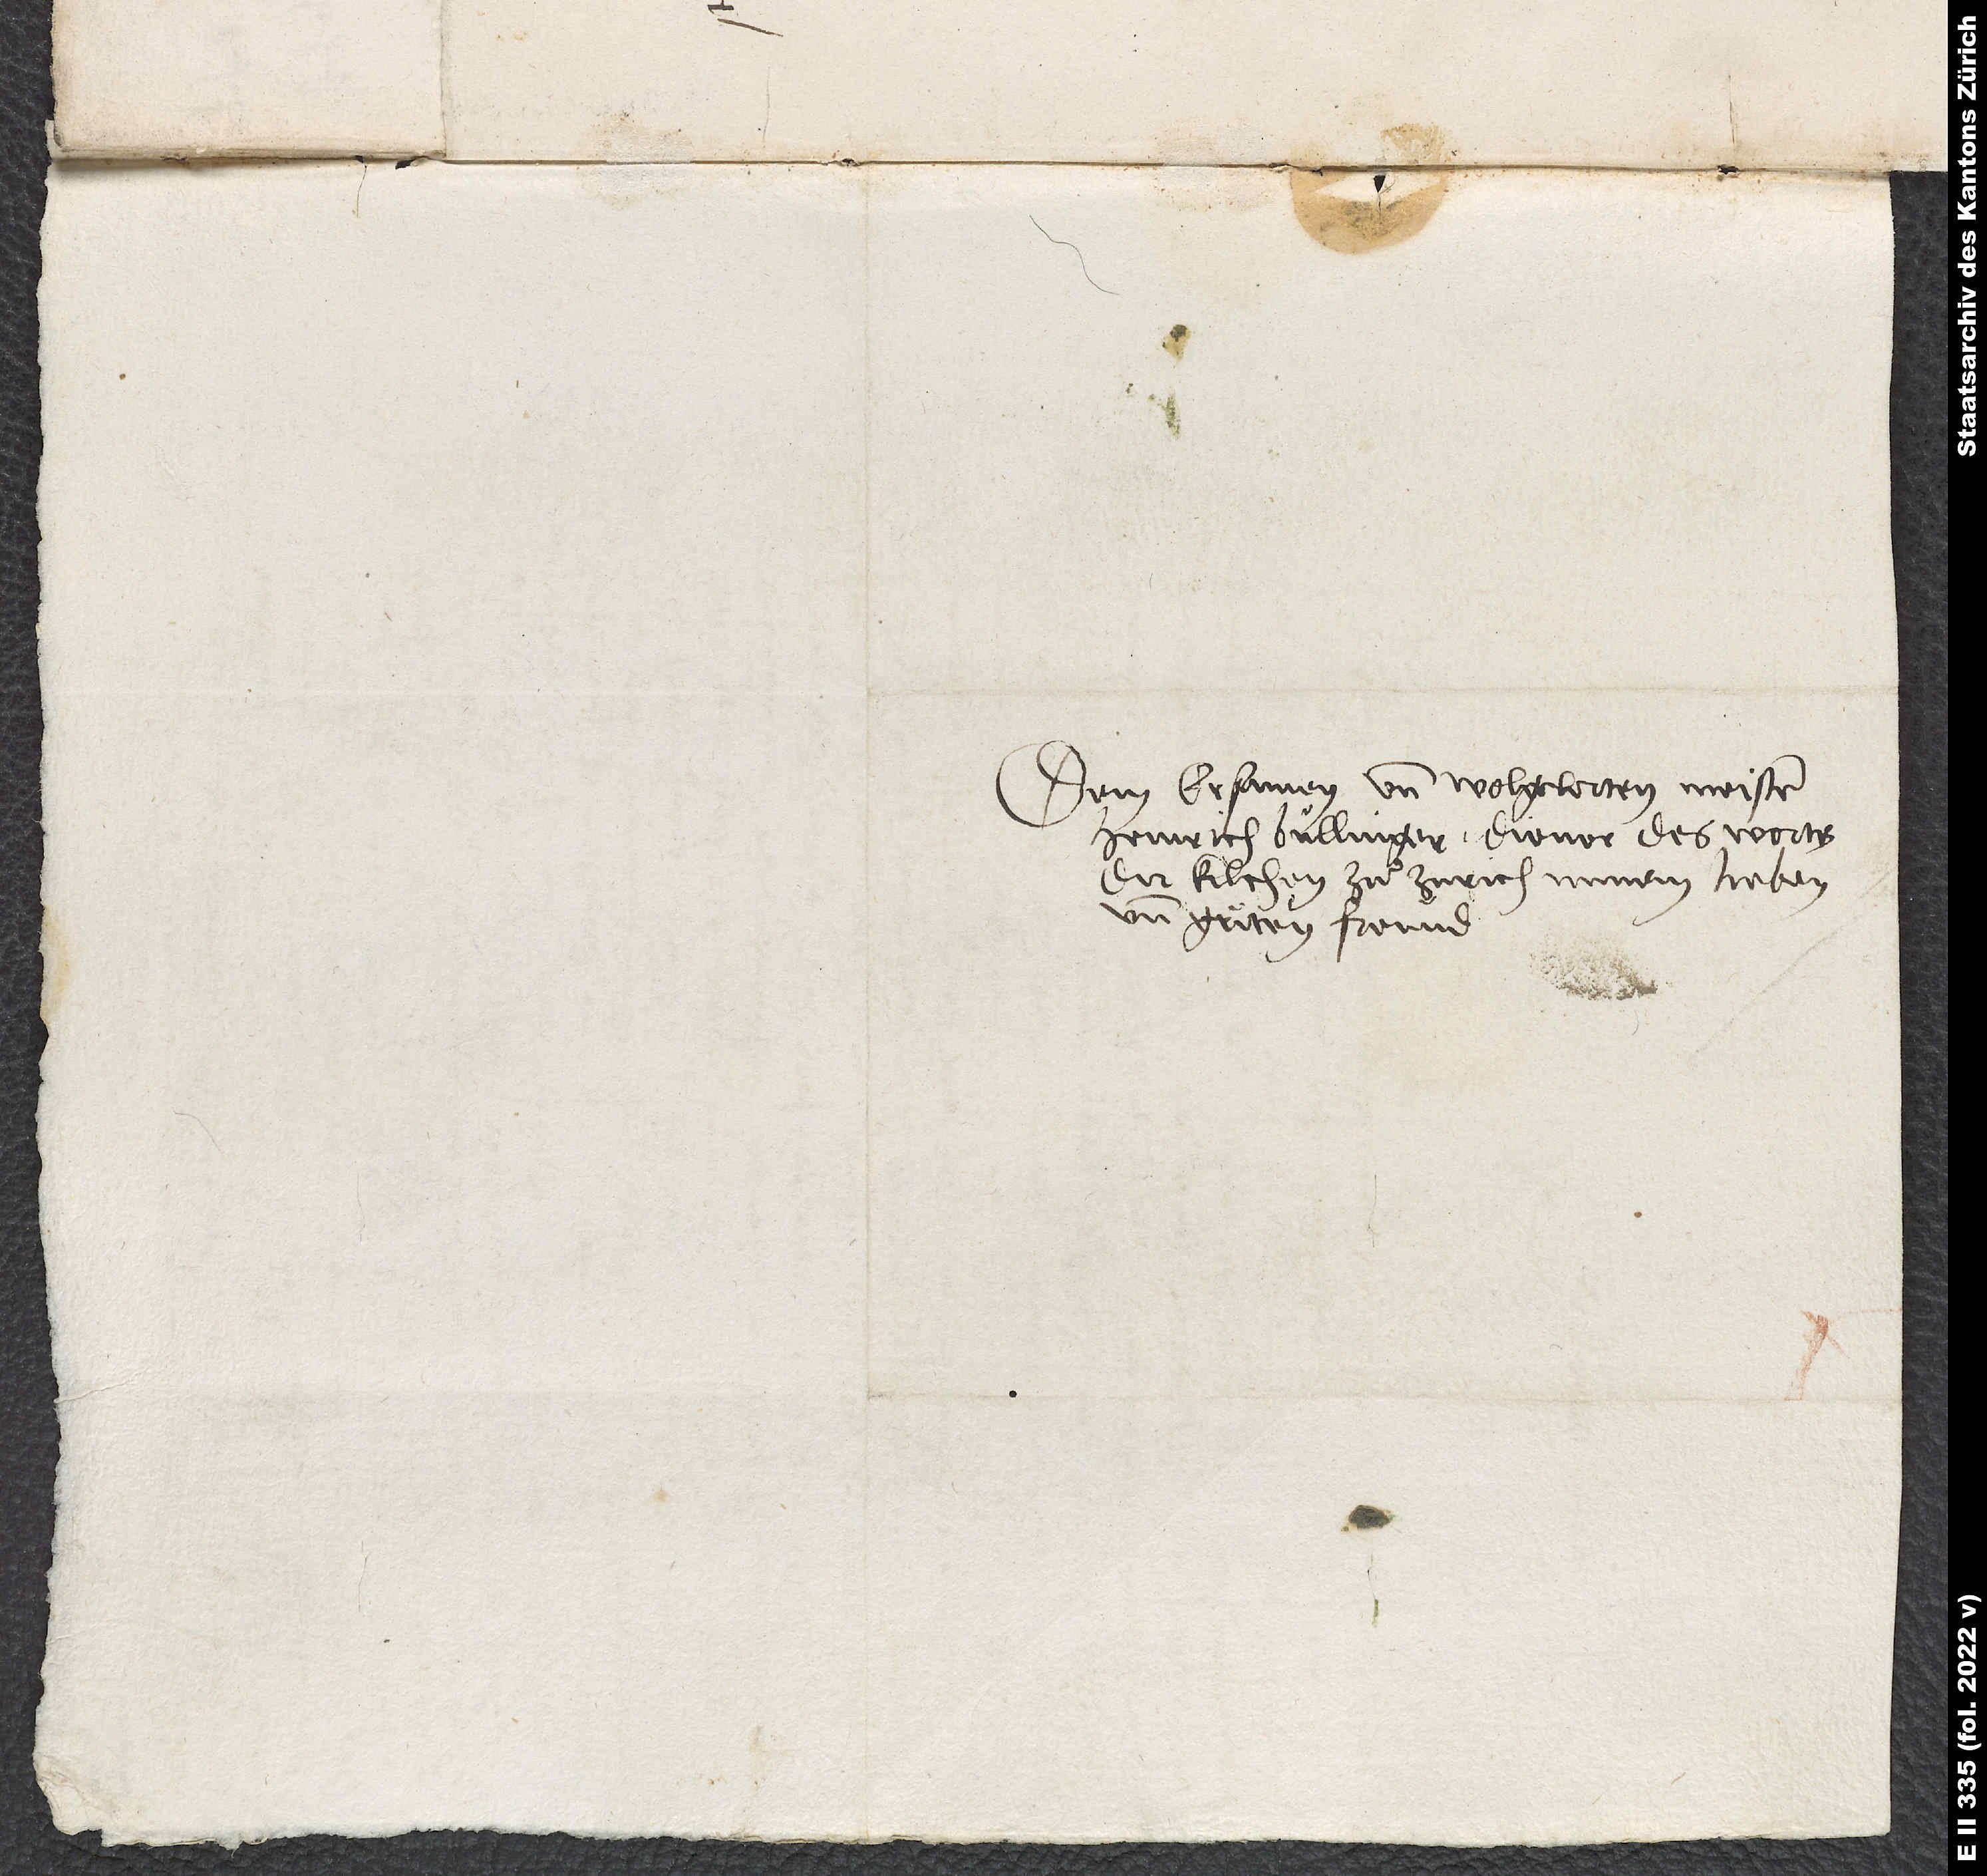
Dem ersamen und wolgelerten Meister
Heinrich Bullinger, diener des worts
der kilchen zuͦ Zurich, minem lieben
und guͦten freund.